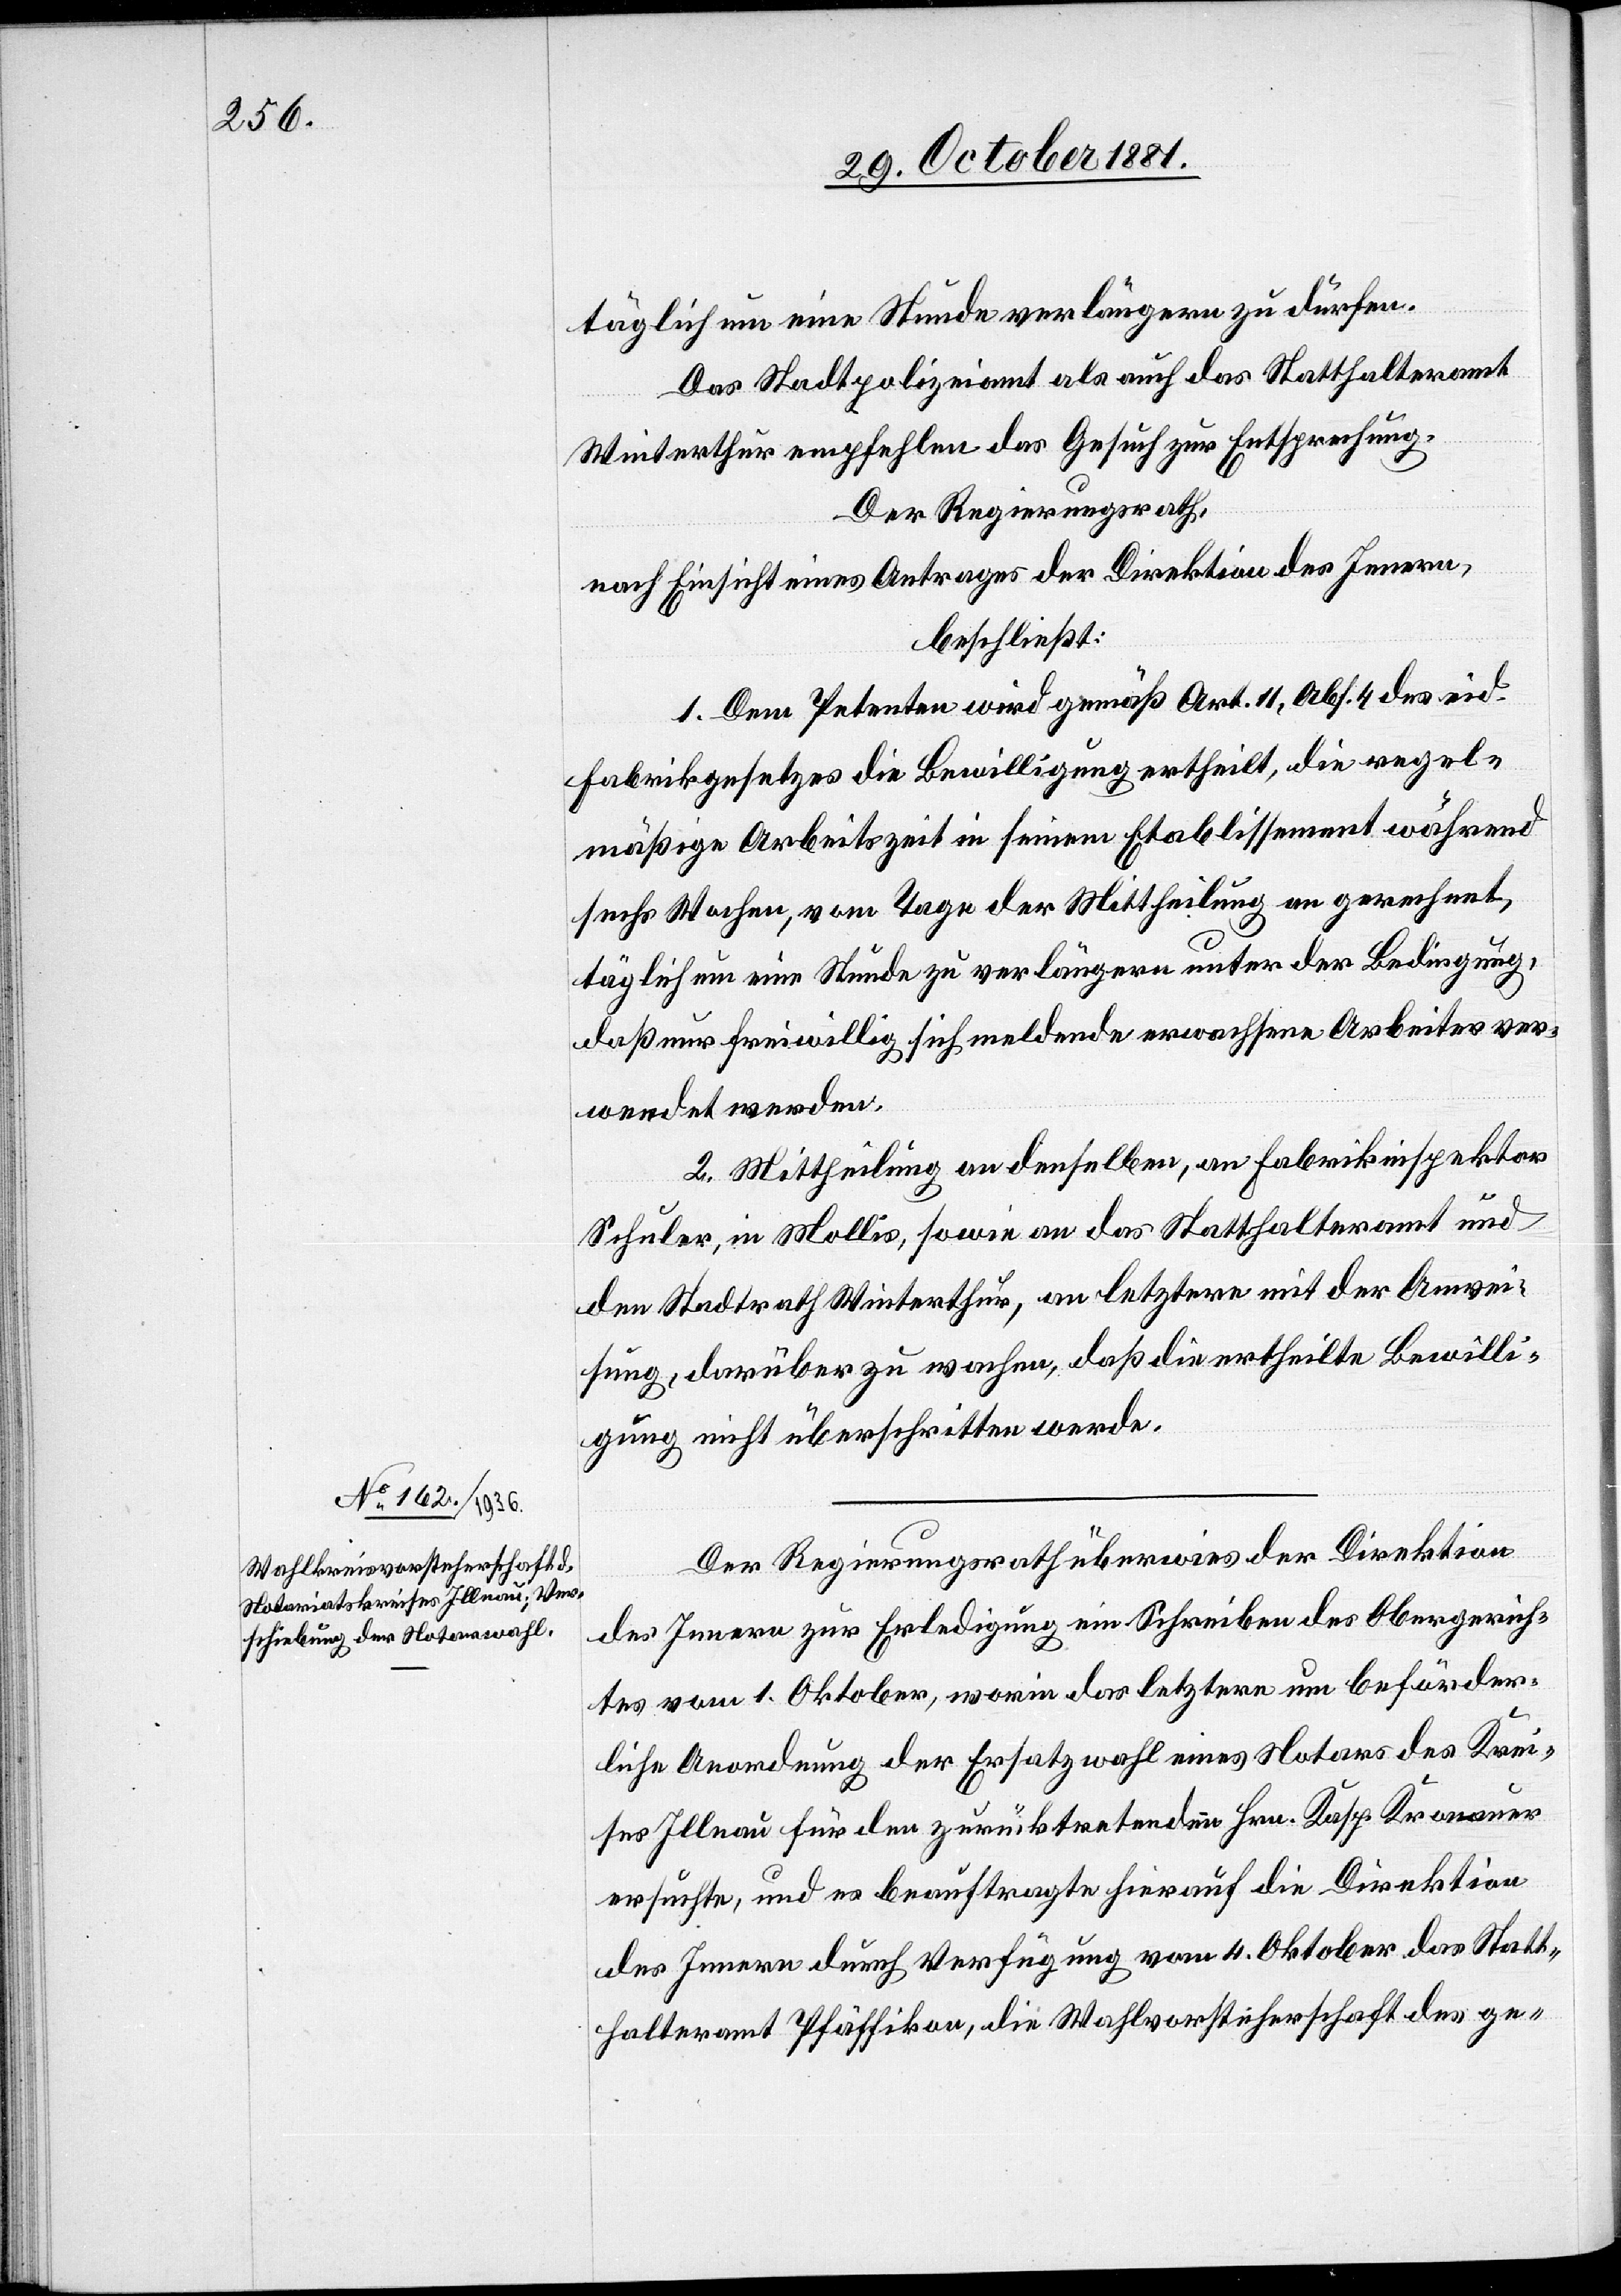
täglich um eine Stunde verlängern zu dürfen.
Das Stadtpolizeiamt als auch das Statthalteramt
Winterthur empfehlen das Gesuch zur Entsprechung.
Der Regierungsrath,
nach Einsicht eines Antrages der Direktion des Innern,
beschließt:
1. Dem Petenten wird gemäß Art. 11, Abs. 4 des eid.
Fabrikgesetzes die Bewilligung ertheilt, die regel¬
mäßige Arbeitszeit in seinem Etablissement während
sechs Wochen, vom Tage der Mittheilung an gerechnet,
täglich um eine Stunde zu verlängern unter der Bedingung,
daß nur freiwillig sich meldende erwachsene Arbeiter ver¬
wendet werden.
2. Mittheilung an denselben, an Fabrikinspektor
Schuler, in Mollis, sowie an das Statthalteramt und
den Stadtrath Winterthur, an letztern mit der Anwei¬
sung, darüber zu wachen, daß die ertheilte Bewilli¬
gung nicht überschritten werde.
Der Regierungsrath überwies der Direktion
des Innern zur Erledigung ein Schreiben des Obergerich¬
tes vom 1. Oktober, worin das letztere um beförder¬
liche Anordnung der Ersatzwahl eines Notars des Krei¬
ses Illnau für den zurücktretenden Hrn. Kasp. Kronauer
ersuchte, und es beauftragte hierauf die Direktion
des Innern durch Verfügung vom 4. Oktober das Statt¬
halteramt Pfäffikon, die Wahlvorsteherschaft des ge-